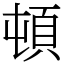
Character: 頓